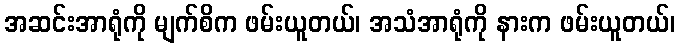
အဆင်းအာရုံကို မျက်စိက ဖမ်းယူတယ်၊ အသံအာရုံကို နားက ဖမ်းယူတယ်၊